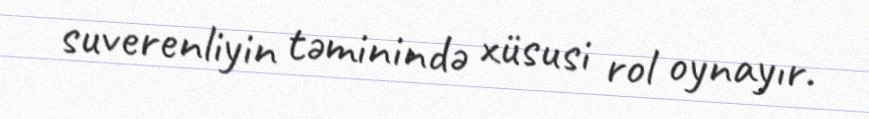
suverenliyin təminində xüsusi rol oynayır.